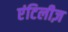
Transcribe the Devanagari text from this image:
एंटिलीज़